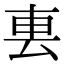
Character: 𨊢